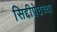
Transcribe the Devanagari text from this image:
सिद्दीपेठच्या